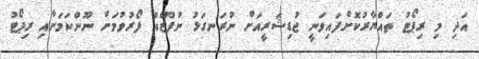
އަދި މި ރިޕޯޓު ތައްޔާރުކޮށްފައިވަނީ ޖުޑިޝަރީއަށް ނުރަނގަޅު ނުފޫޒެއް ފޯރުވުމަށް ނޫންކަމަށާއި ރިޕޯޓު